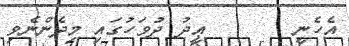
އެހެނީ       ޢީދު ދުވަހުގައި މިދެންނެވި